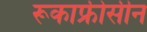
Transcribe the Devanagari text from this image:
रूकाफ्रीसीन